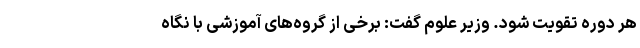
هر دوره تقویت شود. وزیر علوم گفت: برخی از گروه‌های آموزشی با نگاه